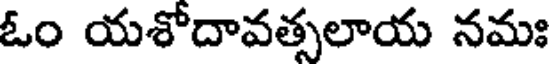
ఓం యశోదావత్సలాయ నమః